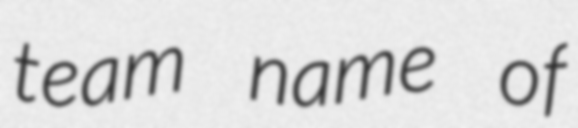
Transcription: team name of